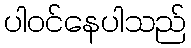
ပါဝင်နေပါသည်